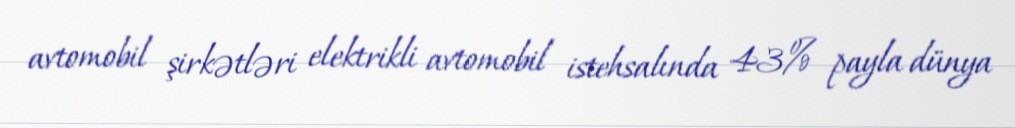
avtomobil şirkətləri elektrikli avtomobil istehsalında 43% payla dünya